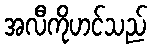
အလီကိုဟင်သည်